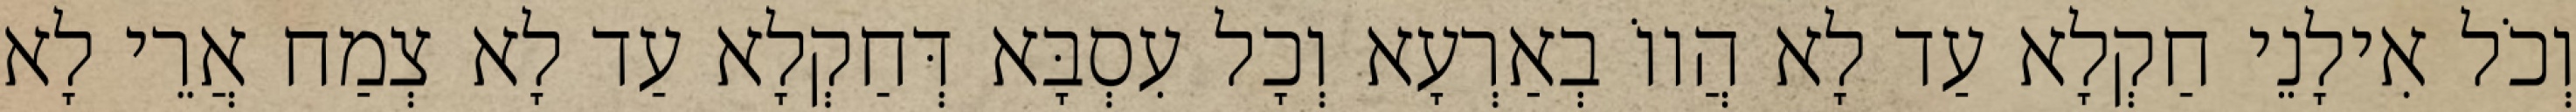
וְכֹל אִילָנֵי חַקְלָא עַד לָא הֲווֹ בְאַרְעָא וְכָל עִסְבָּא דְּחַקְלָא עַד לָא צְמַח אֲרֵי לָא